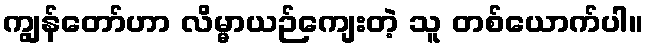
ကျွန်တော်ဟာ လိမ္မာယဉ်ကျေးတဲ့ သူ တစ်ယောက်ပါ။